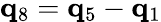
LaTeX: {\mathbf q}_{8}={\mathbf q}_{5}-{\mathbf q}_{1}